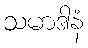
သမာဒါနံ